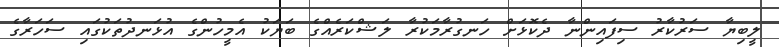
ލީބިޔާ ސަރުކާރު ސިފައިންނާ ދެކޮޅަށް ހަނގުރާމަކުރާ ލަޝްކަރެއްގެ ބަޔަކު އެމީހުންގެ އުޅަނދުތަކުގައި ސަހަރާގެ